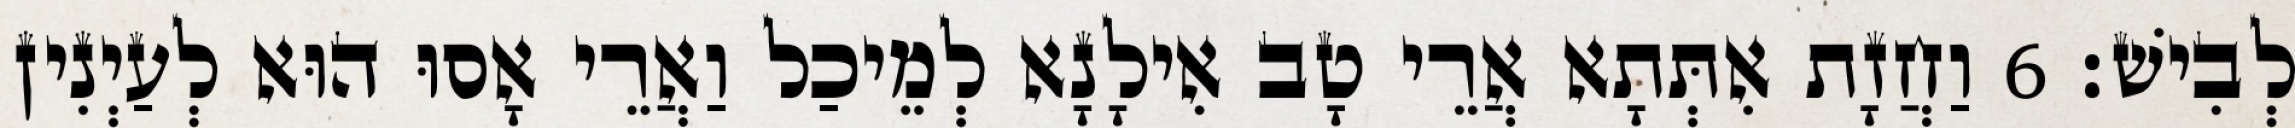
לְבִישׁ׃ 6 וַחֲזָת אִתְּתָא אֲרֵי טָב אִילָנָא לְמֵיכַל וַאֲרֵי אָסוּ הוּא לְעַיְנִין